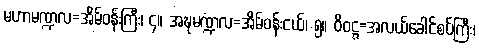
မဟာမဏ္ဍလ=အိမ်ဝန်းကြီး၊ ၄။ အဍ္ဎမဏ္ဍလ=အိမ်ဝန်းငယ်၊ ၅။ ဝိဝဋ္ဋ=အလယ်ခေါင်စပ်ကြီး၊